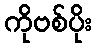
ကိုဗစ်ပိုး